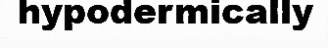
hypodermically